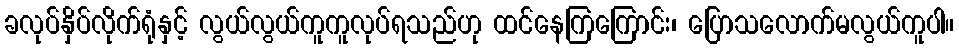
ခလုပ်နှိပ်လိုက်ရုံနှင့် လွယ်လွယ်ကူကူလုပ်ရသည်ဟု ထင်နေကြကြောင်း၊ ပြောသလောက်မလွယ်ကူပါ။